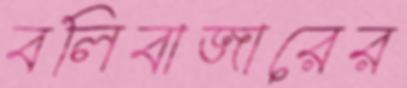
বলিবাজারের